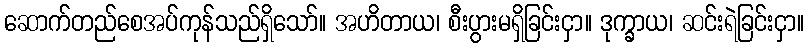
ဆောက်တည်စေအပ်ကုန်သည်ရှိသော်။ အဟိတာယ၊ စီးပွားမရှိခြင်းငှာ။ ဒုက္ခာယ၊ ဆင်းရဲခြင်းငှာ။